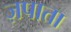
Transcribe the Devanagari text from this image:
ज़पाता